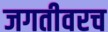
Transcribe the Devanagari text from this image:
जगतीवरच